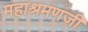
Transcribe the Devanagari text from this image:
महाश्रमणजी